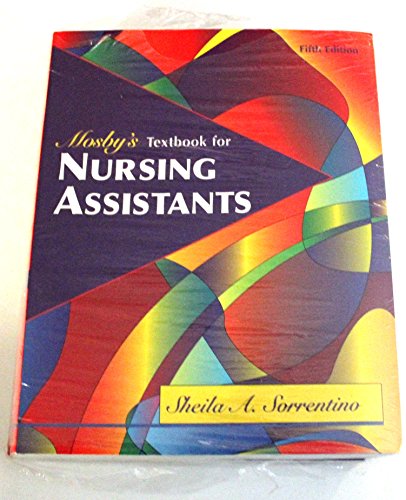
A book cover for Mosby's Textbook for Nursing Assistants; Shelia A. Sorentino Sheila A. Sorrentino; Medical Books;